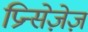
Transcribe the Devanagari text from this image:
प्रिन्सेज़ेज़